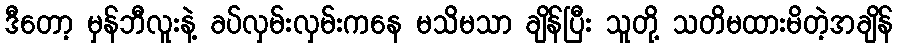
ဒီတော့ မှန်ဘီလူးနဲ့ ခပ်လှမ်းလှမ်းကနေ မသိမသာ ချိန်ပြီး သူတို့ သတိမထားမိတဲ့အချိန်